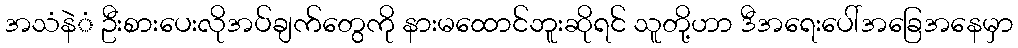
အသံနဲံ ဦးစားပေးလိုအပ်ချက်တွေကို နားမထောင်ဘူးဆိုရင် သူတို့ဟာ ဒီအရေးပေါ်အခြေအနေမှာ